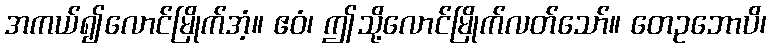
အကယ်၍လောင်မြိုက်အံ့။ ဧဝံ၊ ဤသို့လောင်မြိုက်လတ်သော်။ တေဥဘောပိ၊